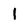
Character: I